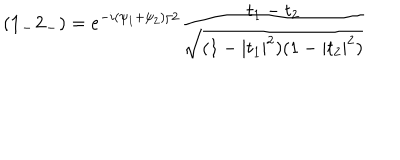
( { \bf 1 _ { - } 2 _ { - } } ) = e ^ { - i { ( \psi _ { 1 } + \psi _ { 2 } ) / 2 } } \frac { t _ { 1 } - t _ { 2 } } { \sqrt { ( 1 - | t _ { 1 } | ^ { 2 } ) ( 1 - | t _ { 2 } | ^ { 2 } ) } }